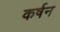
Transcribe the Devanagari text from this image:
कर्षन